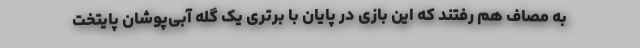
به مصاف هم رفتند که این بازی در پایان با برتری یک گله آبی‌پوشان پایتخت